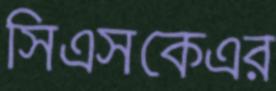
সিএসকেএর